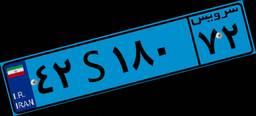
۴۲S۱۸۰۷۲